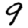
Digit: 9